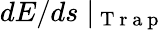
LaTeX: dE/ds\mid_{\mathrm{~T~r~a~p~}}